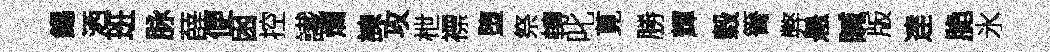
錫洒班脉薛便囦控䜟爛諫攻枻褾堕祭轉叱莧勝輝穀箐弊悬贓版逹脆氷